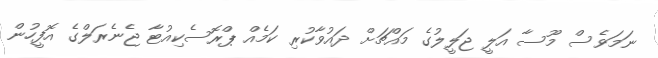
ނަމަވެސް މޫސާ އަލީ ޖަލީލުގެ މައްޗަށް ދައުވާކުރި ކަމެއް ޕްރޮސެކިއުޓާ ޖެނެރަލްގެ އޮފީހުން